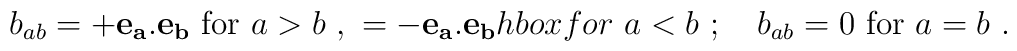
b_{ab} = +{\bf e_a.e_b}\ \hbox{for}\  a> b\ , \ = -{\bf e_a.e_b}\\hbox{for}\   a< b\  ;\quad b_{ab} =0\ \hbox{for}\   a=b\ .